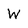
Character: W